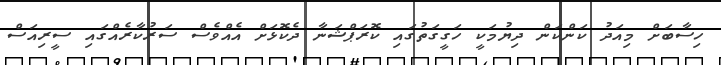
ހިސާބަށް މިއަދު ކަންކަން ދިޔުމަކީ ހަގީގަތުގައި ކޮރަޕްޝަނާ ދެކޮޅަށް އެއްވެސް ސަރުކާރެއްގައި ސީރިއަސް